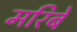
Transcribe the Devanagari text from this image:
मरिबे